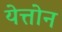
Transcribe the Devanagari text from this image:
येत्तोन